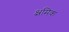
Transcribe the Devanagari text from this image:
क्ष्रमिक